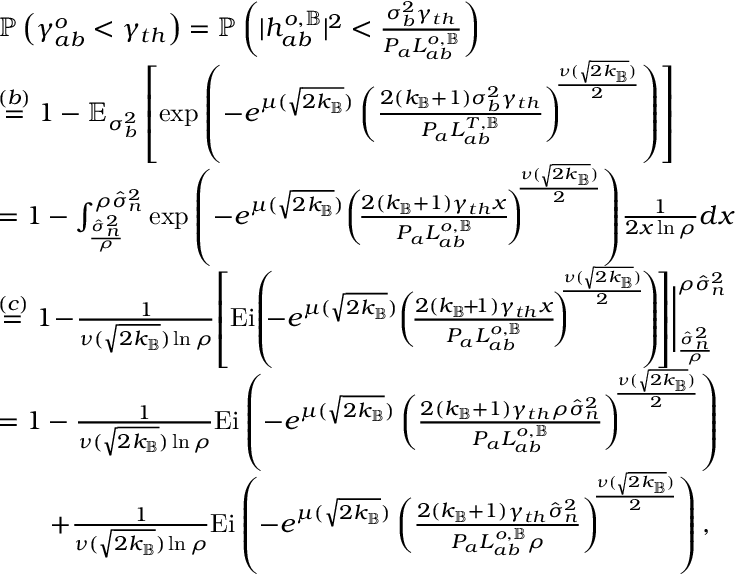
\begin{array} { r l } & { \mathbb { P } \left( \gamma _ { a b } ^ { o } < \gamma _ { t h } \right) = \mathbb { P } \left( | { h } _ { a b } ^ { o , \mathbb { B } } | ^ { 2 } < \frac { \sigma _ { b } ^ { 2 } \gamma _ { t h } } { P _ { a } L _ { a b } ^ { o , \mathbb { B } } } \right) } \\ & { \overset { ( b ) } { = } 1 - \mathbb { E } _ { \sigma _ { b } ^ { 2 } } \left[ \exp { \left( - e ^ { \mu ( \sqrt { 2 k _ { \mathbb { B } } } ) } \left( \frac { 2 ( k _ { \mathbb { B } } + 1 ) \sigma _ { b } ^ { 2 } \gamma _ { t h } } { P _ { a } L _ { a b } ^ { T , \mathbb { B } } } \right) ^ { \! \! \frac { \nu ( \sqrt { 2 k _ { \mathbb { B } } } ) } { 2 } } \right) } \right] } \\ & { = 1 - \int _ { \frac { \hat { \sigma } _ { n } ^ { 2 } } { \rho } } ^ { \rho \hat { \sigma } _ { n } ^ { 2 } } \exp { \left( - e ^ { \mu ( \sqrt { 2 k _ { \mathbb { B } } } ) } \! \left( \! \frac { 2 ( k _ { \mathbb { B } } + 1 ) \gamma _ { t h } x } { P _ { a } L _ { a b } ^ { o , \mathbb { B } } } \! \right) ^ { \! \! \frac { \nu ( \sqrt { 2 k _ { \mathbb { B } } } ) } { 2 } } \right) } \frac { 1 } { 2 x \ln { \rho } } d x } \\ & { \overset { ( c ) } { = } 1 \! - \! \frac { 1 } { \nu ( \sqrt { 2 k _ { \mathbb { B } } } ) \ln { \rho } } \! \left[ \mathrm { E i } \! \left( \! \! - e ^ { \mu ( \sqrt { 2 k _ { \mathbb { B } } } ) } \! \left( \! \frac { 2 ( k _ { \mathbb { B } } \! + \! 1 ) \gamma _ { t h } x } { P _ { a } L _ { a b } ^ { o , \mathbb { B } } } \! \right) ^ { \! \! \! \frac { \nu ( \sqrt { 2 k _ { \mathbb { B } } } ) } { 2 } } \! \right) \! \right] \! \Bigg | _ { \frac { \hat { \sigma } _ { n } ^ { 2 } } { \rho } } ^ { \rho \hat { \sigma } _ { n } ^ { 2 } } } \\ & { = 1 - \frac { 1 } { \nu ( \sqrt { 2 k _ { \mathbb { B } } } ) \ln { \rho } } \mathrm { E i } \left( - e ^ { \mu ( \sqrt { 2 k _ { \mathbb { B } } } ) } \left( \frac { 2 ( k _ { \mathbb { B } } + 1 ) \gamma _ { t h } \rho \hat { \sigma } _ { n } ^ { 2 } } { P _ { a } L _ { a b } ^ { o , \mathbb { B } } } \right) ^ { \! \! \frac { \nu ( \sqrt { 2 k _ { \mathbb { B } } } ) } { 2 } } \right) } \\ & { \qquad + \frac { 1 } { \nu ( \sqrt { 2 k _ { \mathbb { B } } } ) \ln { \rho } } \mathrm { E i } \left( - e ^ { \mu ( \sqrt { 2 k _ { \mathbb { B } } } ) } \left( \frac { 2 ( k _ { \mathbb { B } } + 1 ) \gamma _ { t h } \hat { \sigma } _ { n } ^ { 2 } } { P _ { a } L _ { a b } ^ { o , \mathbb { B } } \rho } \right) ^ { \! \! \frac { \nu ( \sqrt { 2 k _ { \mathbb { B } } } ) } { 2 } } \right) , } \end{array}